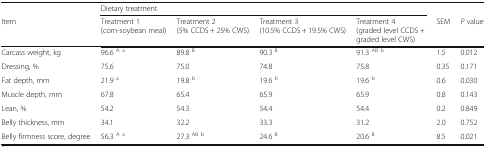
<table><thead><tr><td></td><td colspan="4"><b>Dietary treatment</b></td><td></td><td></td></tr><tr><td><b>Item</b></td><td><b>Treatment 1(corn-soybean meal)</b></td><td><b>Treatment 2(5% CCDS + 25% CWS)</b></td><td><b>Treatment 3(10.5% CCDS + 19.5% CWS)</b></td><td><b>Treatment 4(graded level CCDS + graded level CWS)</b></td><td><b>SEM</b></td><td><b><i>P</i> value</b></td></tr></thead><tbody><tr><td>Carcass weight, kg</td><td>96.6 <sup>A a</sup></td><td>89.8 <sup>B</sup></td><td>90.3 <sup>B</sup></td><td>91.3 <sup>AB b</sup></td><td>1.5</td><td>0.012</td></tr><tr><td>Dressing, %</td><td>75.6</td><td>75.0</td><td>74.8</td><td>75.8</td><td>0.35</td><td>0.171</td></tr><tr><td>Fat depth, mm</td><td>21.9 <sup>a</sup></td><td>19.8 <sup>b</sup></td><td>19.6 <sup>b</sup></td><td>19.6 <sup>b</sup></td><td>0.6</td><td>0.030</td></tr><tr><td>Muscle depth, mm</td><td>67.8</td><td>65.4</td><td>65.9</td><td>65.9</td><td>0.8</td><td>0.143</td></tr><tr><td>Lean, %</td><td>54.2</td><td>54.3</td><td>54.4</td><td>54.4</td><td>0.2</td><td>0.849</td></tr><tr><td>Belly thickness, mm</td><td>34.1</td><td>32.2</td><td>33.3</td><td>31.2</td><td>2.0</td><td>0.752</td></tr><tr><td>Belly firmness score, degree</td><td>56.3 <sup>A a</sup></td><td>27.3 <sup>AB b</sup></td><td>24.6 <sup>B</sup></td><td>20.6 <sup>B</sup></td><td>8.5</td><td>0.021</td></tr></tbody></table>